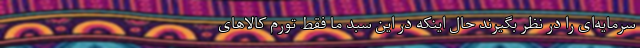
سرمایه‌ای را در نظر بگیرند حال اینکه در این سبد ما فقط تورم کالاهای